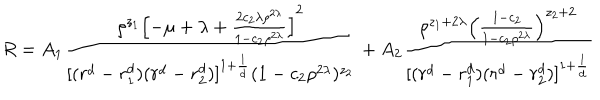
LaTeX: R = A _ { 1 } { \frac { \rho ^ { z _ { 1 } } \left[ - \mu + \lambda + { \frac { 2 c _ { 2 } \lambda \rho ^ { 2 \lambda } } { 1 - c _ { 2 } \rho ^ { 2 \lambda } } } \right] ^ { 2 } } { [ ( r ^ { d } - r _ { 1 } ^ { d } ) ( r ^ { d } - r _ { 2 } ^ { d } ) ] ^ { 1 + { \frac { 1 } { d } } } ( 1 - c _ { 2 } \rho ^ { 2 \lambda } ) ^ { z _ { 2 } } } } + A _ { 2 } { \frac { \rho ^ { z _ { 1 } + 2 \lambda } \left( { \frac { 1 - c _ { 2 } } { 1 - c _ { 2 } \rho ^ { 2 \lambda } } } \right) ^ { z _ { 2 } + 2 } } { [ ( r ^ { d } - r _ { 1 } ^ { d } ) ( r ^ { d } - r _ { 2 } ^ { d } ) ] ^ { 1 + { \frac { 1 } { d } } } } }